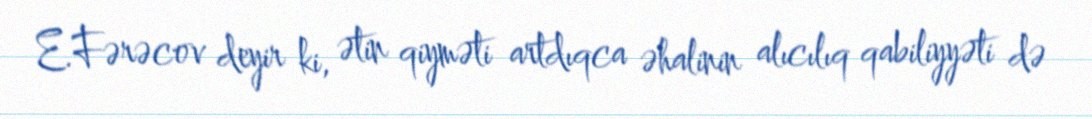
E.Fərəcov deyir ki, ətin qiyməti artdıqca əhalinin alıcılıq qabiliyyəti də